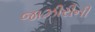
જાઝીરીની